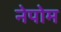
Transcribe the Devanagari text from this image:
नेपोम